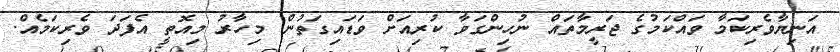
އަނިޔާވެރިކަމާ ވައްކަމުގެ ޖަރީމާތައް ނުހިންގަވާ ކުރިއަށް ވަޑައިގަތުން. މިހާރު މިއޮތީ އެފަދަ ވެރިކަމެއް.